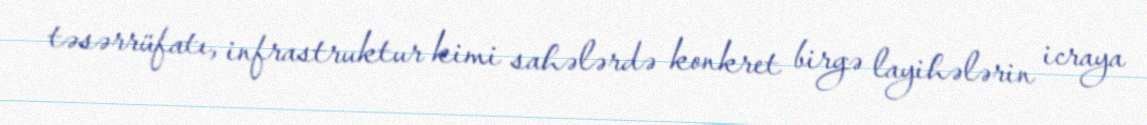
təsərrüfatı, infrastruktur kimi sahələrdə konkret birgə layihələrin icraya